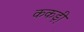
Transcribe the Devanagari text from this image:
ककड़ी़